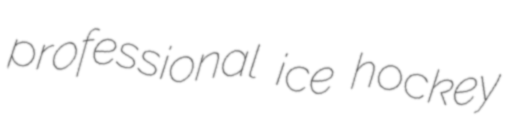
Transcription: professional ice hockey